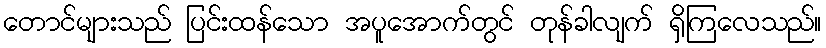
တောင်များသည် ပြင်းထန်သော အပူအောက်တွင် တုန်ခါလျက် ရှိကြလေသည်။